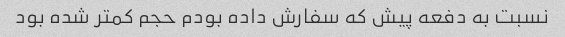
نسبت به دفعه پیش که سفارش داده بودم حجم کمتر شده بود